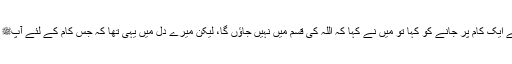
ایک دن آپﷺ نے مجھے ایک کام پر جانے کو کہا تو میں نے کہا کہ اللہ کی قسم میں نہیں جاؤں گا، لیکن میرے دل میں یہی تھا کہ جس کام کے لئے آپﷺ حکم دیتے ہیں جاؤں گا۔